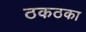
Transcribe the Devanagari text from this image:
ठकठका